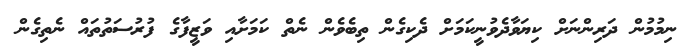
ނިމުމުން ދަރިންނަށް ކިޔަވާދެވުނީކަމަށް ދެކިގެން ތިބެވެން ނެތް ކަމަށާއި ވަޒީފާގެ ފުރުސަތުތައް ނެތިގެން